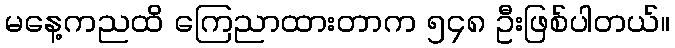
မနေ့ကညထိ ကြေညာထားတာက ၅၄၈ ဦးဖြစ်ပါတယ်။